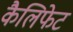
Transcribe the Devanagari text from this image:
कैलिफेट